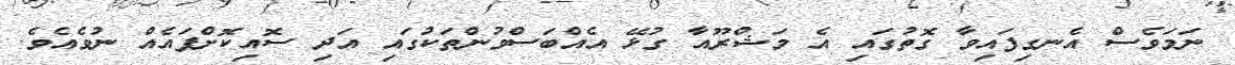
ނަމަވެސް އެނގިފައިވާ ގޮތުގައި އެ މަޝްރޫއާ ގުޅޭ އެއްބަސްވުންތަކުގައި އަދި ސޮއިކޮށްފައެއް ނުވެއެވެ.